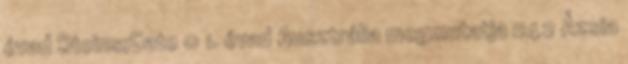
évad Steins;Gate 0 1. évad Ausztrália megmutatja 242 Ázsia